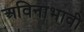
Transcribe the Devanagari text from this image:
अविनाभावी